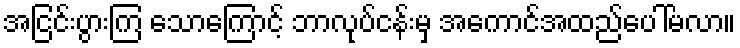
အငြင်းပွားကြ သောကြောင့် ဘာလုပ်ငန်းမှ အကောင်အထည်ပေါ်မလာ။